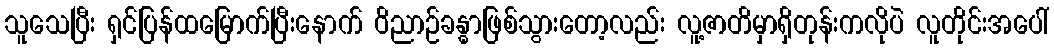
သူသေပြီး ရှင်ပြန်ထမြောက်ပြီးနောက် ဝိညာဉ်ခန္ဓာဖြစ်သွားတော့လည်း လူ့ဇာတိမှာရှိတုန်းကလိုပဲ လူတိုင်းအပေါ်